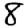
Digit: 8